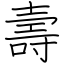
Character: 壽